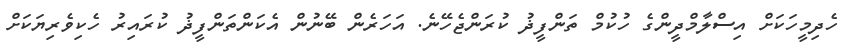
ހެދިމީހަކަށް އިސްލާމްދީންގެ ހުކުމް ތަންފީޛު ކުރަންޖެހޭނެ. އަހަރެން ބޭނުން އެކަންތަންފީޛު ކުރައިރު ހެކިވެރިޔަކަށް